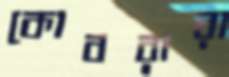
কোবরারা